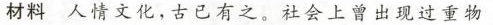
材料 人情文化，古已有之。社会上曾出现过重物